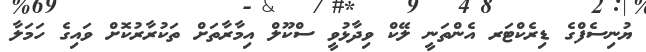
ޔުނިސެފްގެ ޑިރެކްޓަރ އެންތަނީ ލޭކް ވިދާޅުވީ ސްކޫލް އިމާރާތަށް ތަކުރާރުކޮށް ވައިގެ ހަމަލާ